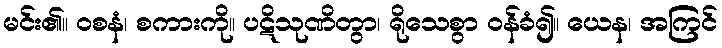
မင်း၏။ ဝစနံ၊ စကားကို။ ပဋိသုဏိတွာ၊ ရိုသေစွာ ဝန်ခံ၍။ ယေန၊ အကြင်